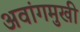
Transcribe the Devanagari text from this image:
अवांगमुखी